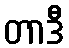
တာဒီ